Civil Veterinary Department. United Provinces 1932-42 - 1932-1942
Year: 1932
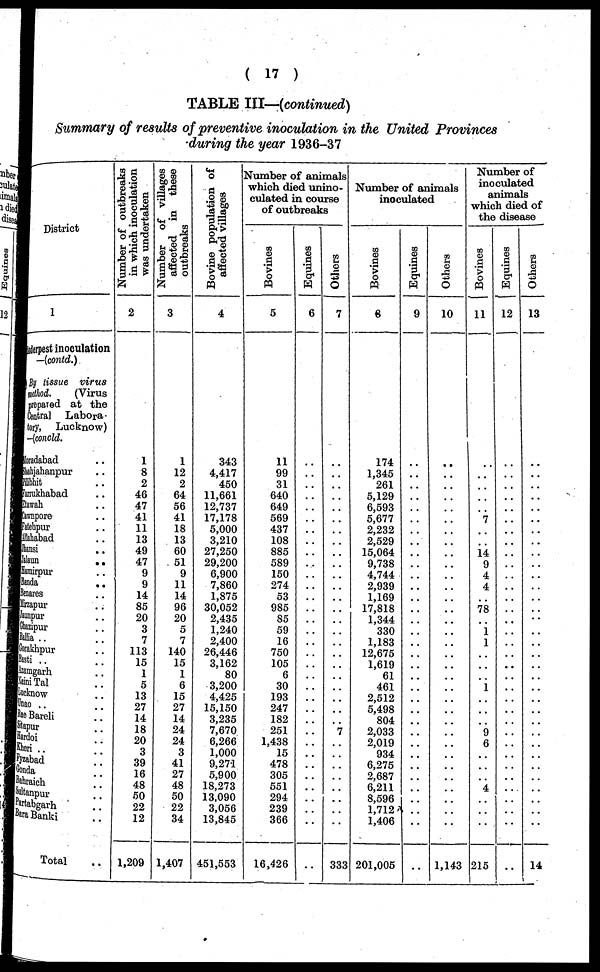
(17)
TABLE III—(continued)
Summary of results of preventive inoculation in the United Provinces
during the year 1936-37
District
1
aderpest inoculation
—(contd.)
By tissue
virus
method. (Virus
prepared at the
Central
Labora-
tory,
Lucknow)
-(concld.
Moradabad ..
Shahjahanpur ..
Rlibhit ..
Farrukhabad ..
Etawah ..
Lawnpore ..
atehpur ..
Mahabad ..
hansi
..
valaun
..
Hamirpur ..
Banda
..
Benares ..
Mirzapur ..
unpur ..
hazipur ..
allia .. ..
orakhpur ..
lasti ..
zamgarh ..
aini Tal ..
ucknow ..
nao .. ..
Rae Bareli
itpur ..
Iardoi ..
Cheri .. ..
yzabad
Gonda ..
ahraich ..
altanpur ..
artabgarh ..
ara Banki ..
Total ..
Number of outbreaks
in which inoculation
was undertaken
2
1
8
2
46
47
41
11
13
49
47
9
9
14
85
20
3
7
113
15
1
5
13
27
14
18
20
3
39
16
48
50
22
12
1,209
Number of villages
affected in these
outbreaks
3
1
12
2
64
56
41
18
13
60
51
9
11
14
96
20
5
7
140
15
1
6
15
27
14
24
24
3
41
27
48
50
22
34
1,407
Bovine population of
affected villages
4
343
4,417
450
11,661
12,737
17,178
5,000
3,210
27,250
29,200
6,900
7,860
1,875
30,052
2,435
1,240
2,400
26,446
3,162
80
3,200
4,425
15,150
3,235
7,670
6,266
1,000
9,271
5,900
18,273
13,090
3,056
13,845
451,553
Number of animals
which died unino-
culated in course
of outbreaks
Bovines
5
11
99
31
640
649
569
437
108
885
589
150
274
53
985
85
59
16
750
105
6
30
193
247
182
251
1,438
15
478
305
551
294
239
366
16,426
Equines
6
..
..
..
..
..
..
..
..
..
..
..
..
..
..
..
..
..
..
..
..
..
..
..
..
..
..
..
..
..
..
..
..
..
..
Others
7
..
..
..
..
..
..
..
..
..
..
..
..
..
..
..
..
..
..
..
..
..
..
..
..
7
..
..
..
..
..
..
..
..
333
Number of animals
inoculated
Bovines
6
174
1,345
261
5,129
6,593
5,677
2,232
2,529
15,064
9,738
4,744
2,939
1,169
17,818
1,344
330
1,183
12,675
1,619
61
461
2,512
5,498
804
2,033
2,019
934
6,275
2,687
6,211
8,596
1,712
1,406
201,005
Equines
9
..
..
..
..
..
..
..
..
..
..
..
..
..
..
..
..
..
..
..
..
..
..
..
..
..
..
..
..
..
..
..
..
..
..
Others
10
..
..
..
..
..
..
..
..
..
..
..
..
..
..
..
..
..
..
..
..
..
..
..
..
..
..
..
..
..
..
..
..
..
1,143
Number of
inoculated
animals
which died of
Bovines
11
..
..
..
..
..
7
..
..
14
9
4
4
..
78
..
1
1
..
..
..
1
..
..
..
9
6
..
..
..
4
..
..
..
215
Equines
12
..
..
..
..
..
..
..
..
..
..
..
..
..
..
..
..
..
..
..
..
..
..
..
..
..
..
..
..
..
..
..
..
..
..
Others
13
..
..
..
..
..
..
..
..
..
..
..
..
..
..
..
..
..
..
..
..
..
..
..
..
..
..
..
..
..
..
..
..
..
14